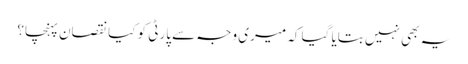
یہ بھی نہیں بتایا گیا کہ میری وجہ سے پارٹی کو کیا نقصان پہنچا؟